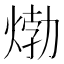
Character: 𤊹